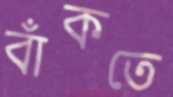
বাঁকতে